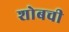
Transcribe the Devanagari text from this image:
शोबची